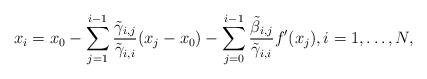
LaTeX: \begin{align*}x_i=x_0 -\sum_{j=1}^{i-1} \frac{\tilde\gamma_{i,j}}{\tilde\gamma_{i,i}}(x_j-x_0)-\sum_{j=0}^{i-1}\frac{\tilde\beta_{i,j}}{\tilde\gamma_{i,i}} f'(x_j), i=1,\hdots,N, \end{align*}